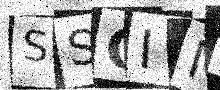
Text: SSGIMF